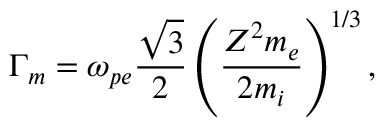
\Gamma _ { m } = \omega _ { p e } \frac { \sqrt { 3 } } { 2 } \left( \frac { Z ^ { 2 } m _ { e } } { 2 m _ { i } } \right) ^ { 1 / 3 } ,